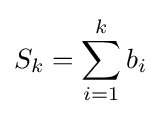
S_{k}=\sum _{i=1}^{k}b_{i}